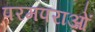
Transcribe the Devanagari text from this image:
परमपराओं